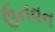
ઉનવન